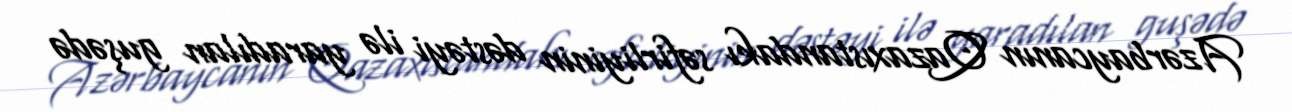
Azərbaycanın Qazaxıstandakı səfirliyinin dəstəyi ilə yaradılan guşədə